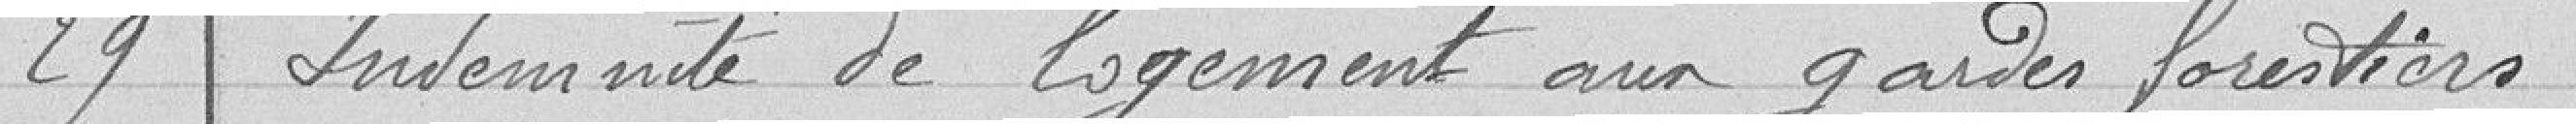
29 Indemnité de logements aux gardes forestiers